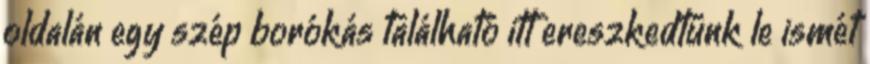
oldalán egy szép borókás található itt ereszkedtünk le ismét